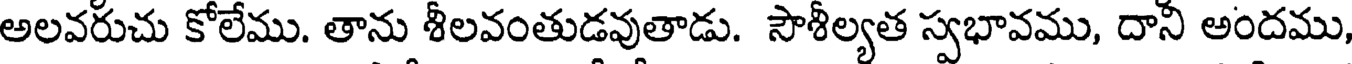
అలవరుచు కోలేము. తాను శీలవంతుడవుతాడు. సౌశీల్యత స్వభావము, దానీ అందము,